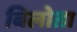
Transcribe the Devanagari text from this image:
बिलोता